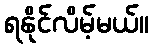
ရနိုင်လိမ့်မယ်။